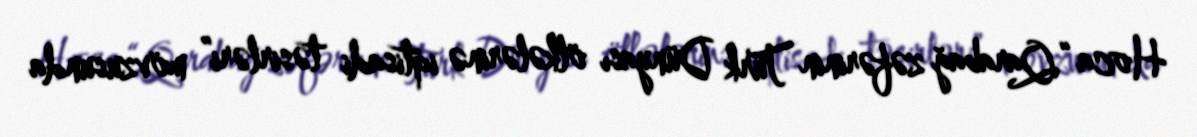
Hoca “Qarabağ zəfərinin Türk Dünyası ölkələrinə iqtisadi təsirləri” mövzusunda